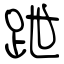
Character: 跇